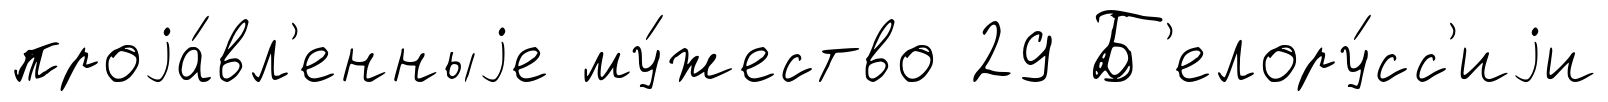
проjа́вл'енныjе му́жество 29 Б'елору́сс'иjи